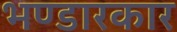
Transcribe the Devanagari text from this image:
भण्डारकार